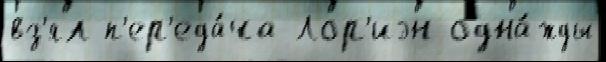
вз'ял п'ер'еда́ча Лор'иэн одна́жды